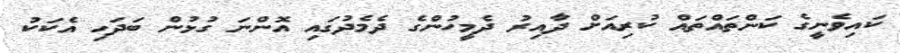
ކައިވެނީގެ ކަންތައްތައް ކުރިއަށް ދާއިރު ދެމީހުންގެ ދެމެދުގައި އޮންނަ ގުޅުން ބަދަހި އެކަކު